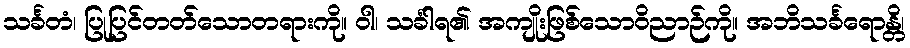
သင်္ခတံ၊ ပြုပြင်တတ်သောတရားကို။ ဝါ၊ သင်္ခါရ၏ အကျိုးဖြစ်သောဝိညာဉ်ကို။ အဘိသင်္ခရောန္တိ၊